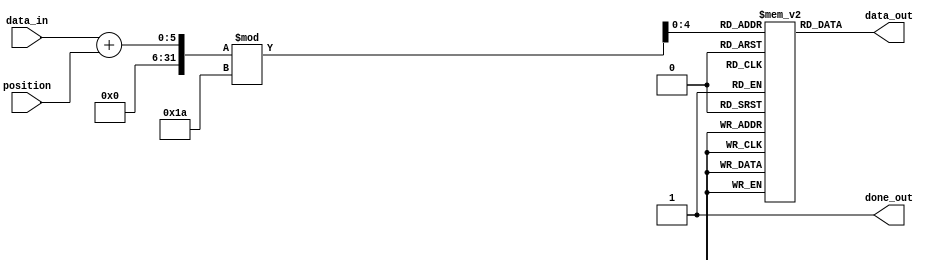
`timescale 1ns / 1ps
//////////////////////////////////////////////////////////////////////////////////
// Design Name: rotor1_for
// Module Name: rotor1_for
// Project Name: ENIGMA551
//////////////////////////////////////////////////////////////////////////////////

module rotor1_forward(
    input [4:0] data_in,  
    input [4:0] position,         
    output reg [4:0] data_out,
    output reg done_out   
);

reg[4:0] mapping[0:25];

initial begin
    done_out = 0;
    mapping[0] = 5'd9;   // AJ
    mapping[1] = 5'd15;  // BP
    mapping[2] = 5'd7;   // CH
    mapping[3] = 5'd23;  // DX
    mapping[4] = 5'd19;  // ET
    mapping[5] = 5'd20;  // FU
    mapping[6] = 5'd18;  // GS
    mapping[7] = 5'd24;  // HY
    mapping[8] = 5'd3;   // ID
    mapping[9] = 5'd22;  // JW
    mapping[10] = 5'd1;  // KB
    mapping[11] = 5'd16; // LQ
    mapping[12] = 5'd25; // MZ
    mapping[13] = 5'd8;  // NI
    mapping[14] = 5'd4;  // OE
    mapping[15] = 5'd10; // PK
    mapping[16] = 5'd0;  // QA
    mapping[17] = 5'd14; // RO
    mapping[18] = 5'd12; // SM
    mapping[19] = 5'd6;  // TG
    mapping[20] = 5'd5;  // UF
    mapping[21] = 5'd2;  // VC
    mapping[22] = 5'd17; // WR
    mapping[23] = 5'd13; // XN
    mapping[24] = 5'd11; // YL
    mapping[25] = 5'd21; // ZV
end


always @(data_in or position) 
begin  
    done_out = 0;
    data_out <= mapping[(data_in + position) % 26];
    done_out = 1;
end

endmodule